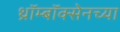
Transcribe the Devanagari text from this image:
थ्रॉम्बॉक्सेनच्या